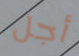
أجل